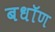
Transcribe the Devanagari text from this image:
बधॉण